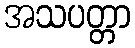
အသပတ္တာ